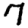
Digit: 7